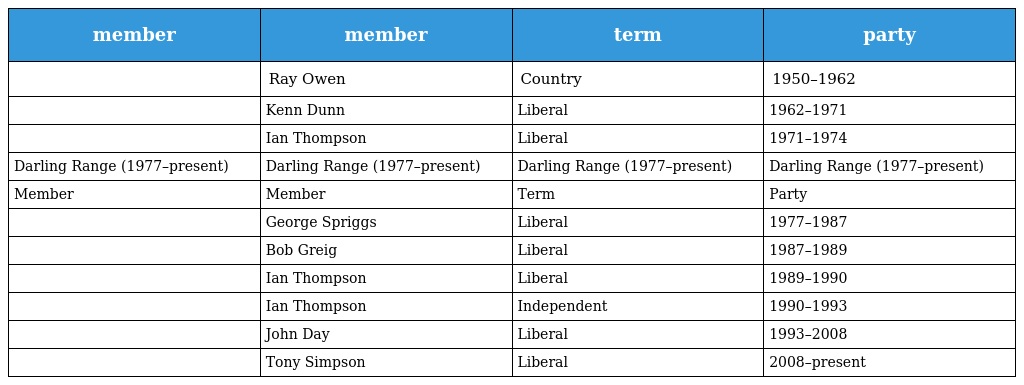
| member | member | term | party |
 | --- | --- | --- | --- |
 |  | Ray Owen | Country | 1950–1962 |
 |  | Kenn Dunn | Liberal | 1962–1971 |
 |  | Ian Thompson | Liberal | 1971–1974 |
 | Darling Range (1977–present) | Darling Range (1977–present) | Darling Range (1977–present) | Darling Range (1977–present) |
 | Member | Member | Term | Party |
 |  | George Spriggs | Liberal | 1977–1987 |
 |  | Bob Greig | Liberal | 1987–1989 |
 |  | Ian Thompson | Liberal | 1989–1990 |
 |  | Ian Thompson | Independent | 1990–1993 |
 |  | John Day | Liberal | 1993–2008 |
 |  | Tony Simpson | Liberal | 2008–present |